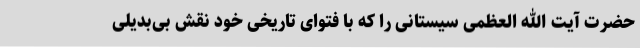
حضرت آیت الله العظمی سیستانی را که با فتوای تاریخی خود نقش بی‌بدیلی